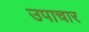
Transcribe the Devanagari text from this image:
उपाचार